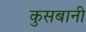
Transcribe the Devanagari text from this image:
कुसबानी